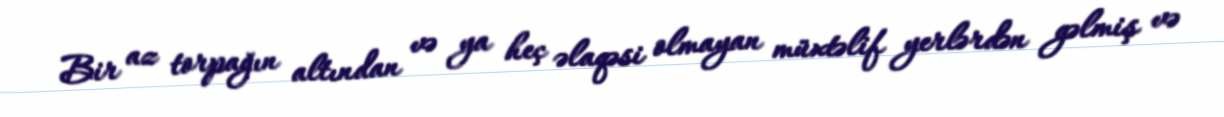
Bir az torpağın altından və ya heç əlaqəsi olmayan müxtəlif yerlərdən gəlmiş və